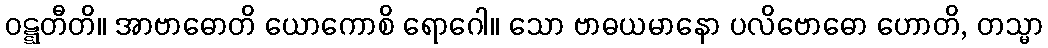
ဝဋ္ဋတီတိ။ အာဗာဓောတိ ယောကောစိ ရောဂေါ။ သော ဗာဓယမာနော ပလိဗောဓော ဟောတိ, တသ္မာ